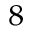
^ 8